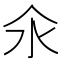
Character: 氽